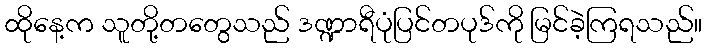
ထိုနေ့က သူတို့တတွေသည် ဒဏ္ဍာရီပုံပြင်တပုဒ်ကို မြင်ခဲ့ကြရသည်။